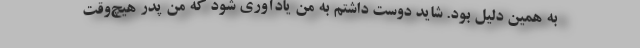
به همین دلیل بود. شاید دوست داشتم به من یادآوری شود که منِ پدر هیچ‌وقت